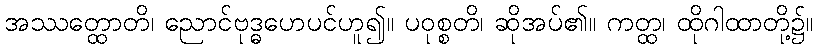
အဿတ္ထောတိ၊ ညောင်ဗုဒ္ဓဟေပင်ဟူ၍။ ပဝုစ္စတိ၊ ဆိုအပ်၏။ ကတ္ထ၊ ထိုဂါထာတို့၌။